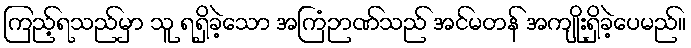
ကြည့်ရသည်မှာ သူ ရရှိခဲ့သော အကြံဉာဏ်သည် အင်မတန် အကျိုးရှိခဲ့ပေမည်။